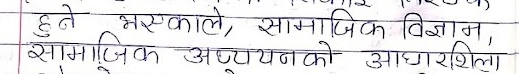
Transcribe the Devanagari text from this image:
हुने भएकाले, सामाजिक विज्ञान,
सामाजिक अध्ययनको आधारशिला